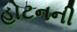
હોટનની